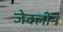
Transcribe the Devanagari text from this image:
जेक्लीन